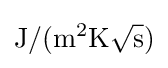
{\rm {J}}/({\rm {m^{2}K}}{\sqrt {\rm {s}}})